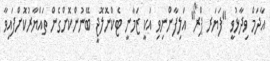
އާދަމް ވިދާޅުވީ "ފަޔަރ ޕްރޯ" އަލިފާންނިވި އަކީ ޒަމާނީ ޓެކްނޮލޮޖީ ބޭނުންކޮށްގެން ތައްޔާރުކޮށްފައިވާ